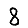
Digit: 8